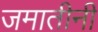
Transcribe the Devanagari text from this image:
जमातीनी